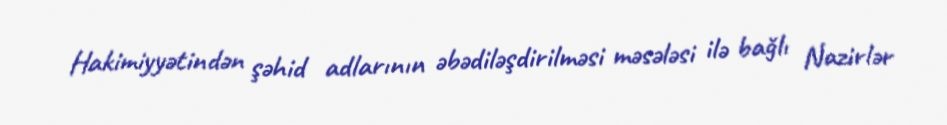
Hakimiyyətindən şəhid adlarının əbədiləşdirilməsi məsələsi ilə bağlı Nazirlər